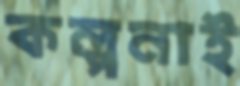
কল্পনাই